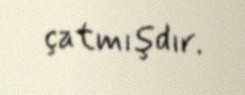
çatmışdır.